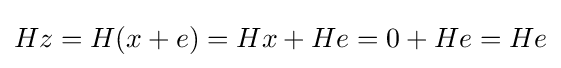
Hz=H(x+e)=Hx+He=0+He=He